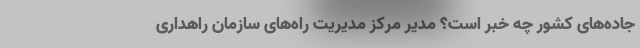
جاده‌های کشور چه خبر است؟ مدیر مرکز مدیریت راه‌های سازمان راهداری